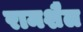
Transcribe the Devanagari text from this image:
रामशैल